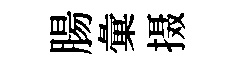
腸彙摄